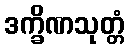
ဒက္ခိဏသုတ္တံ